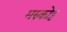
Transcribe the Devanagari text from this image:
मरुकोट्ट